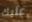
عليك